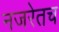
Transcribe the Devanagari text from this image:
नजरेतच